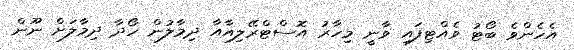
އެހެންވެ ބޯޓު ވެއްޓިފައި ވާނީ މިހާރު އޮސްޓްރޭލިއާއާ ދިމާލުން ހޯދާ ދިމާލަށް ނޫން